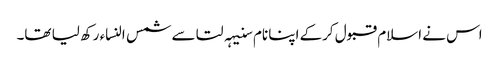
اس نے اسلام قبول کرکے اپنا نام سنیہہ لتا سے شمس النساء رکھ لیا تھا۔